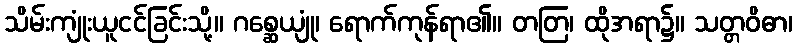
သိမ်းကျုံးယူငင်ခြင်းသို့။ ဂစ္ဆေယျုံ၊ ရောက်ကုန်ရာ၏။ တတြ၊ ထိုအရာ၌။ သတ္တဝိဓာ၊